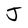
Character: J